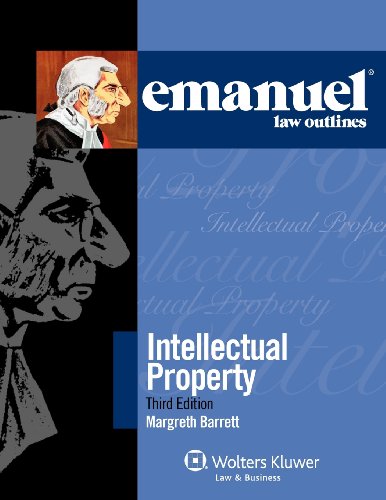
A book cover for Emanuel Law Outlines: Intellectual Property, 2012 Edition; Margreth Barrett; Law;